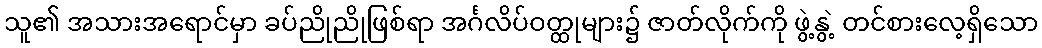
သူ၏ အသားအရောင်မှာ ခပ်ညိုညိုဖြစ်ရာ အင်္ဂလိပ်ဝတ္ထုများ၌ ဇာတ်လိုက်ကို ဖွဲ့နွဲ့ တင်စားလေ့ရှိသော